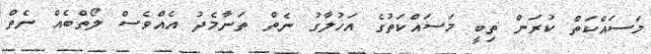
މަސައްކަތް ކުރަން ތިބީ މަސައްކަތުގެ އަޚުލާގު ނެތް ތަނާމެދު އެއްވެސް ލޯތްބެއް ނެތް